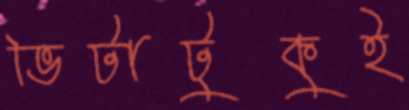
ভিটাটুকুই